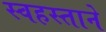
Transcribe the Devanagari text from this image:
स्वहस्ताने